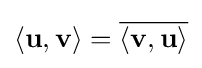
\langle \mathbf {u} ,\mathbf {v} \rangle ={\overline {\langle \mathbf {v} ,\mathbf {u} \rangle }}